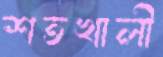
শতখালী